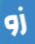
زو